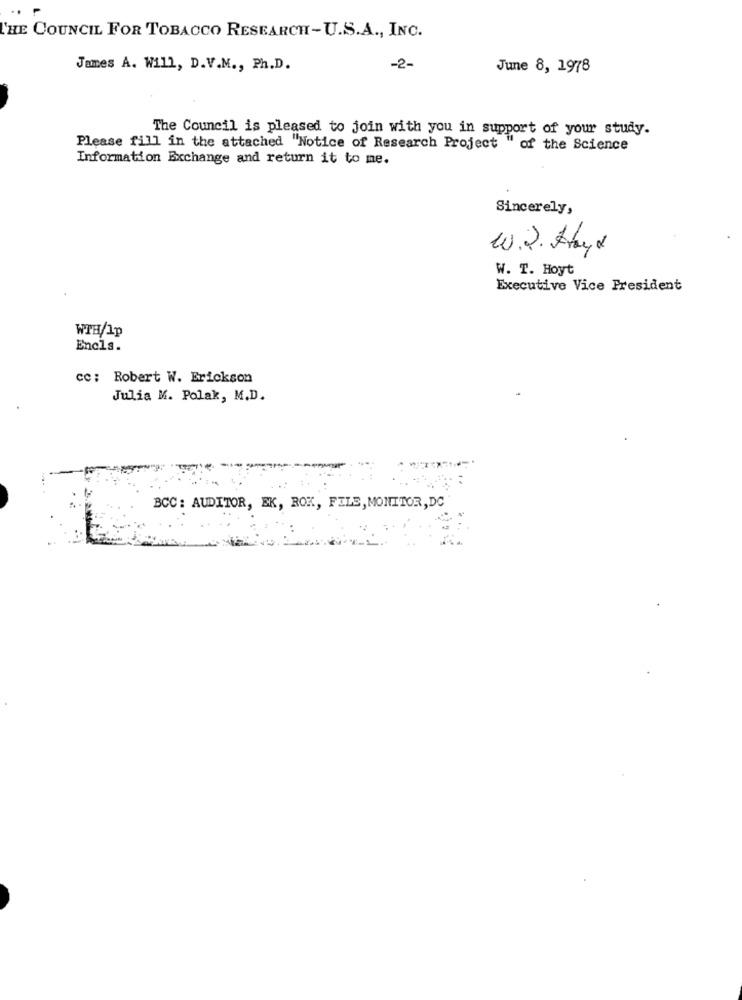
THE COUNCIL FOR TOBACCO RESEARCH-U.S.A ., INC.
James A. Will, D.V.M ., Ph.D.
-2-
June 8, 1978
The Council is pleased to join with you in support of your study.
Please fill in the attached "Notice of Research Project " of the Science
Information Exchange and return it to me.
Sincerely,
W.2. Hayd
W. T. Hoyt
Executive Vice President
WTH/Ip
Encls.
cc: Robert W. Erickson
Julia M. Polak, M.D.
BCC: AUDITOR, EK, ROK, FILE, MONITOR, DC